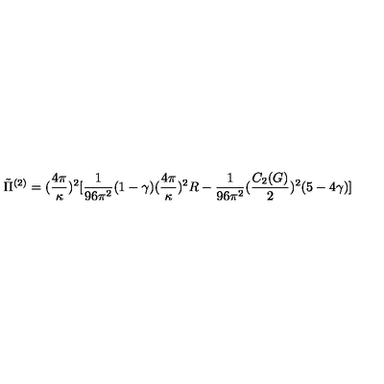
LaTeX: \tilde { \Pi } ^ { ( 2 ) } = ( \frac { 4 \pi } { \kappa } ) ^ { 2 } [ \frac { 1 } { 9 6 \pi ^ { 2 } } ( 1 - \gamma ) ( \frac { 4 \pi } { \kappa } ) ^ { 2 } R - \frac { 1 } { 9 6 \pi ^ { 2 } } ( \frac { C _ { 2 } ( G ) } { 2 } ) ^ { 2 } ( 5 - 4 \gamma ) ]